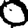
Digit: 0